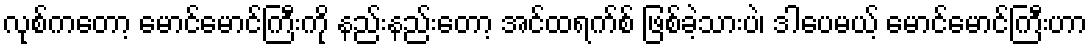
လုစ်ကတော့ မောင်မောင်ကြီးကို နည်းနည်းတော့ အင်ထရက်စ် ဖြစ်ခဲ့သားပဲ၊ ဒါပေမယ့် မောင်မောင်ကြီးဟာ